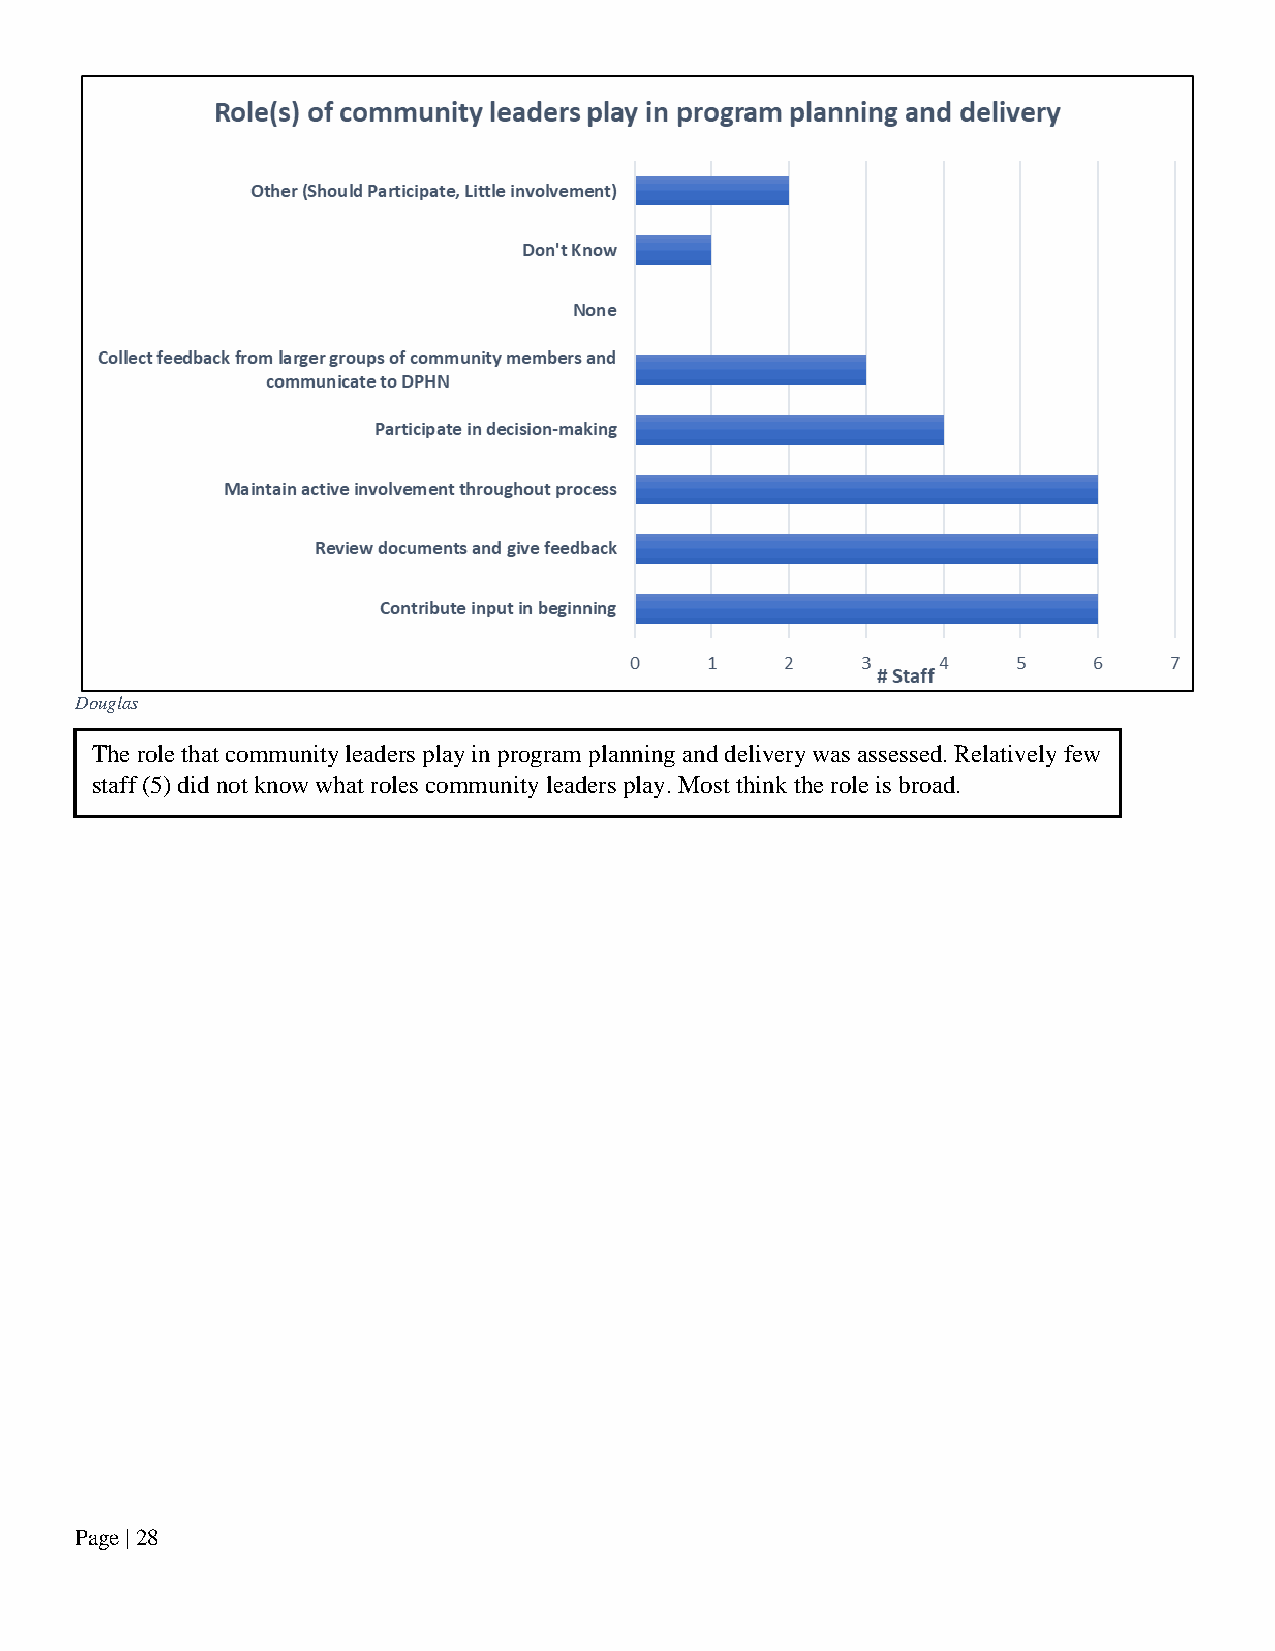
Douglas
 The role that community leaders play in program planning and delivery was assessed. Relatively few
 staff (5) did not know what roles community leaders play. Most think the role is broad.
 Page | 28